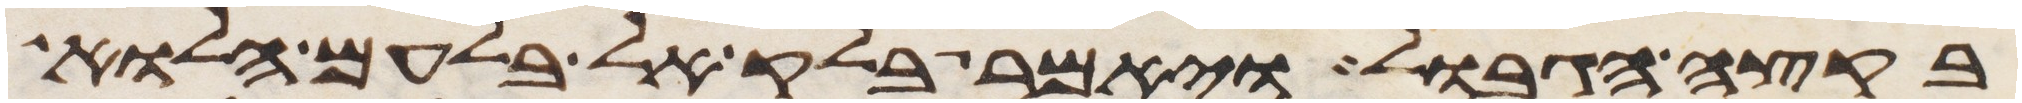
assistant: בקצה הגבול ויאמר בלק אל בלעם הלוא